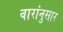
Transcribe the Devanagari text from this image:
वारांनुसार